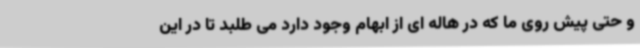
و حتی پیش روی ما که در هاله ای از ابهام وجود دارد می طلبد تا در این